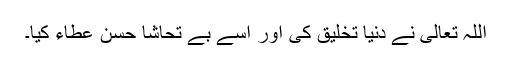
اللہ تعالیٰ نے دنیا تخلیق کی اور اسے بے تحاشا حسن عطاء کیا۔